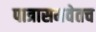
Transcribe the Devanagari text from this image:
पात्रासमवेतच